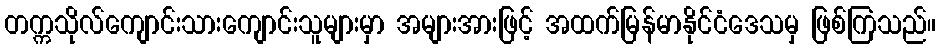
တက္ကသိုလ်ကျောင်းသားကျောင်းသူများမှာ အများအားဖြင့် အထက်မြန်မာနိုင်ငံဒေသမှ ဖြစ်ကြသည်။